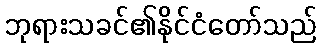
ဘုရားသခင်၏နိုင်ငံတော်သည်